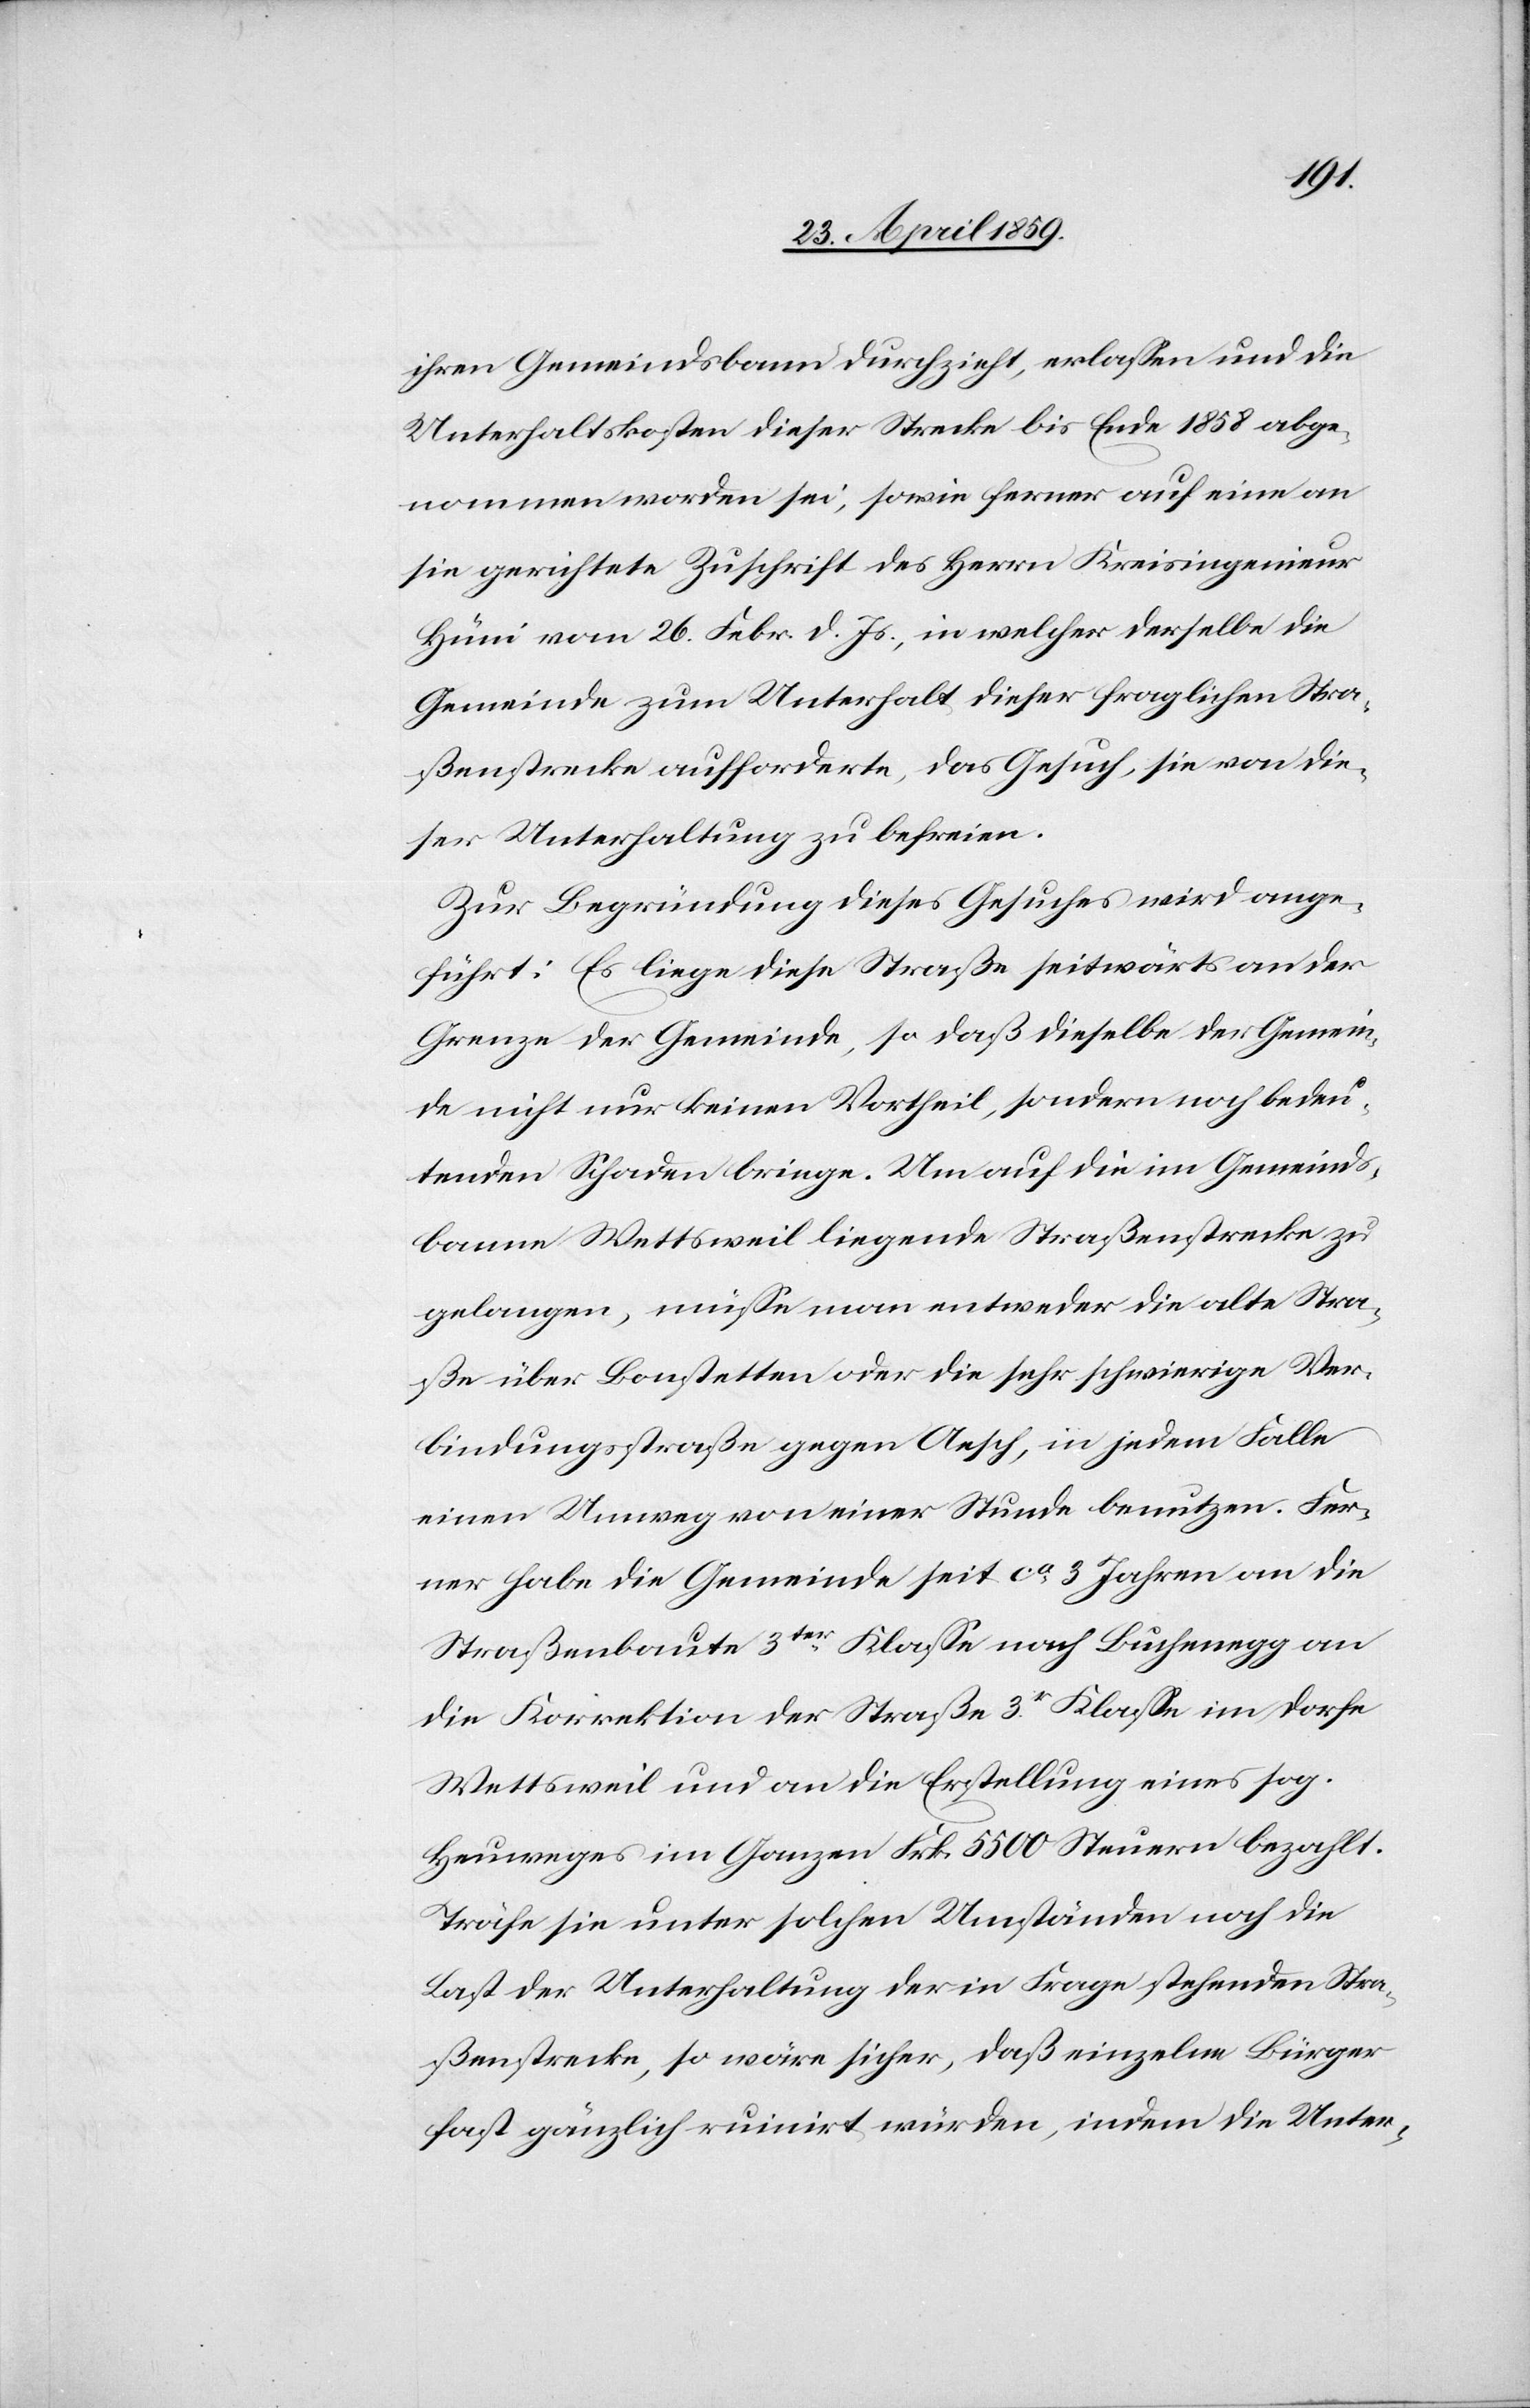
ihren Gemeindsbann durchzieht, erlaßen und die
Unterhaltskosten dieser Strecke bis Ende 1858 abge¬
nommen worden sei, sowie ferner auf eine an
sie gerichtete Zuschrift des Herrn Kreisingenieur
Hüni vom 26. Febr. d. Js., in welcher derselbe die
Gemeinde zum Unterhalt dieser fraglichen Stra¬
ßenstrecke aufforderte, das Gesuch, sie von die¬
ser Unterhaltung zu befreien.
Zur Begründung dieses Gesuches wird ange¬
führt: Es liege diese Straße seitwärts an der
Grenze der Gemeinde, so daß dieselbe der Gemein¬
de nicht nur keinen Vortheil, sondern noch bedeu¬
tenden Schaden bringe. Um auf die im Gemeinds¬
banne Wettsweil liegende Straßenstrecke zu
gelangen, müße man entweder die alte Stra¬
ße über Bonstetten oder die sehr schwierige Ver¬
bindungsstraße gegen Aesch, in jedem Falle
einen Umweg von einer Stunde benutzen. Fer¬
ner habe die Gemeinde seit ca 3 Jahren an die
Straßenbaute 3ter Klaße nach Buchenegg an
die Korrektion der Straße 3tr Klaße im Dorfe
Wettsweil und an die Erstellung eines sog.
Heuweges im Ganzen Frk. 5500 Steuern bezahlt.
Träfe sie unter solchen Umständen noch die
Last der Unterhaltung der in Frage stehenden Stra¬
ßenstrecke, so wäre sicher, daß einzelne Bürger
fast gänzlich ruinirt würden, indem die Unter-